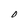
Character: 0